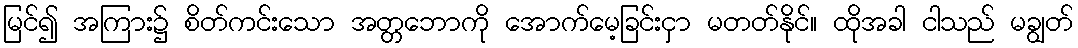
မြင်၍ အကြား၌ စိတ်ကင်းသော အတ္တဘောကို အောက်မေ့ခြင်းငှာ မတတ်နိုင်။ ထိုအခါ ငါသည် မချွတ်